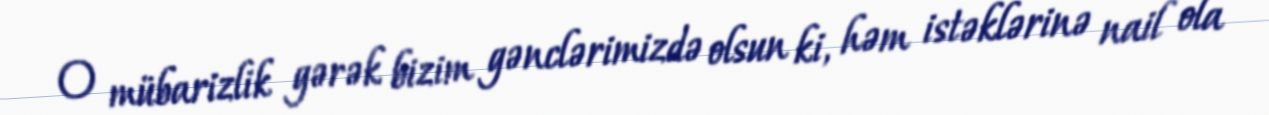
O mübarizlik gərək bizim gənclərimizdə olsun ki, həm istəklərinə nail ola